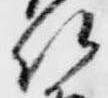
法